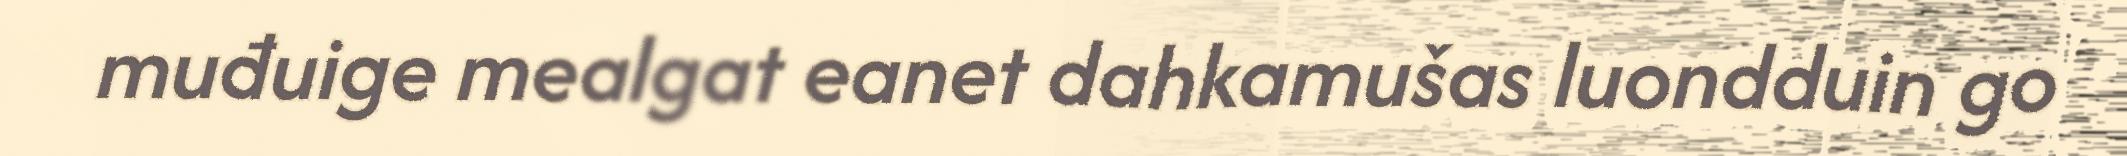
muđuige mealgat eanet dahkamušas luondduin go